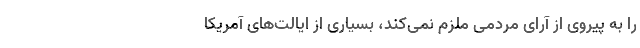
را به پیروی از آرای مردمی ملزم نمی‌کند، بسیاری از ایالت‌های آمریکا